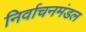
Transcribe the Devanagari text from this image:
निर्वाचनमंडल